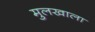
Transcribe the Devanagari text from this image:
मुलखाला